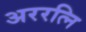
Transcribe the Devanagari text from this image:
अररत्नि